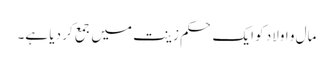
مال و اولاد کو ایک حکم زینت میں جمع کر دیا ہے۔